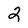
Character: 2